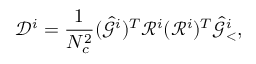
\mathcal { D } ^ { i } = \frac { 1 } { N _ { c } ^ { 2 } } ( \hat { \mathcal { G } } ^ { i } ) ^ { T } \mathcal { R } ^ { i } ( \mathcal { R } ^ { i } ) ^ { T } \hat { \mathcal { G } } _ { < } ^ { i } ,